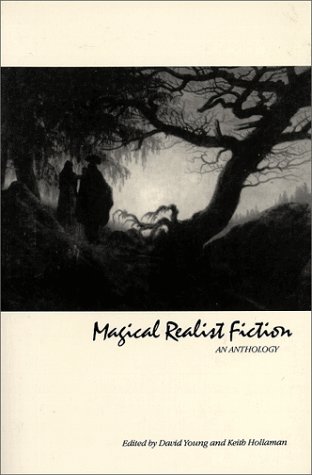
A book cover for Magical Realist Fiction: An Anthology; Science Fiction & Fantasy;